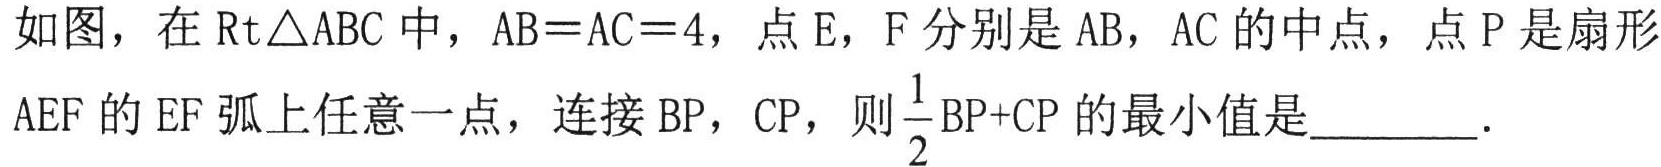
如图，在\(\text{Rt}\triangle ABC\)中，\(AB = AC = 4\)，点\(E\)，\(F\)分别是\(AB\)，\(AC\)的中点，点\(P\)是扇形
\(AEF\)的\(EF\)弧上任意一点，连接\(BP\)，\(CP\)，则\(\frac{1}{2}\text{BP}+\text{CP}\)的最小值是  ．